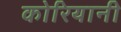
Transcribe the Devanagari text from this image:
कोरियानी